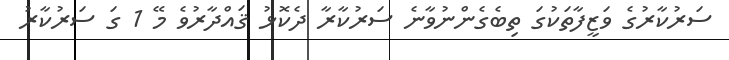
ސަރުކާރުގެ ވަޒީފާތަކުގަ ތިބެގެންނުވާނެ ސަރުކާރާ ދެކޮޅު ޤައްދާރުވެ މޭ 1 ގަ ސަރުކާރު